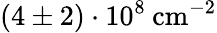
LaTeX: (4\pm 2)\cdot 10^{8}\: \mathrm{cm}^{-2}